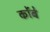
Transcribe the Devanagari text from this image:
कोंबे